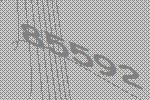
85592